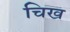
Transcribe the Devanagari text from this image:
चिख